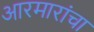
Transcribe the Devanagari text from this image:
आरमारांचा